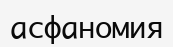
асфаномия